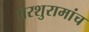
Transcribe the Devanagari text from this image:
परशुरामांच